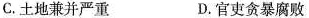
C.土地兼并严重 D.官吏贪暴腐败